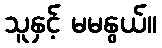
သူနှင့် မမနွယ်။